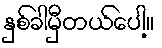
နှစ်ခါမှီတယ်ပေါ့။